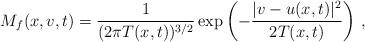
LaTeX: \begin{align*}M_f(x,v,t) = \frac 1 {(2 \pi T(x,t))^{3/2} } \exp\left(-\frac {|v-u(x,t)|^2}{2T(x,t)}\right)\,,\end{align*}